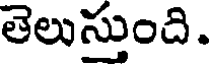
తెలుస్తుంది.